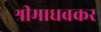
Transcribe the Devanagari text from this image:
श्रीमाधवकर